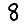
Digit: 8